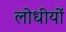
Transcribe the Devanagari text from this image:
लोधीयों